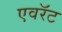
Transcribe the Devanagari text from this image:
एवरॅट